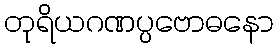
တုရိယဂဏပ္ပဗောဓနော